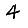
Digit: 4